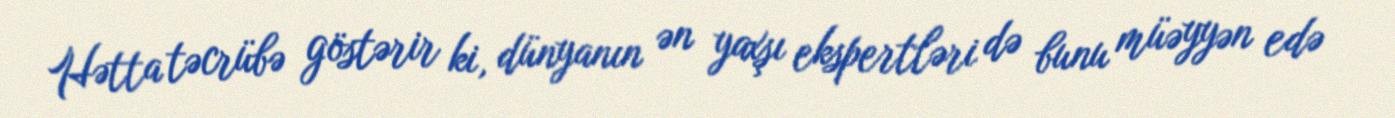
Hətta təcrübə göstərir ki, dünyanın ən yaxşı ekspertləri də bunu müəyyən edə